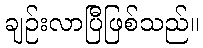
ချဉ်းလာပြီဖြစ်သည်။